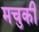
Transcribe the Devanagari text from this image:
मचुकी